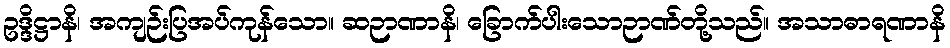
ဥဒ္ဒိဋ္ဌာနိ၊ အကျဉ်းပြအပ်ကုန်သော။ ဆဉာဏာနိ၊ ခြောက်ပါးသောဉာဏ်တို့သည်။ အသာဓာရဏာနိ